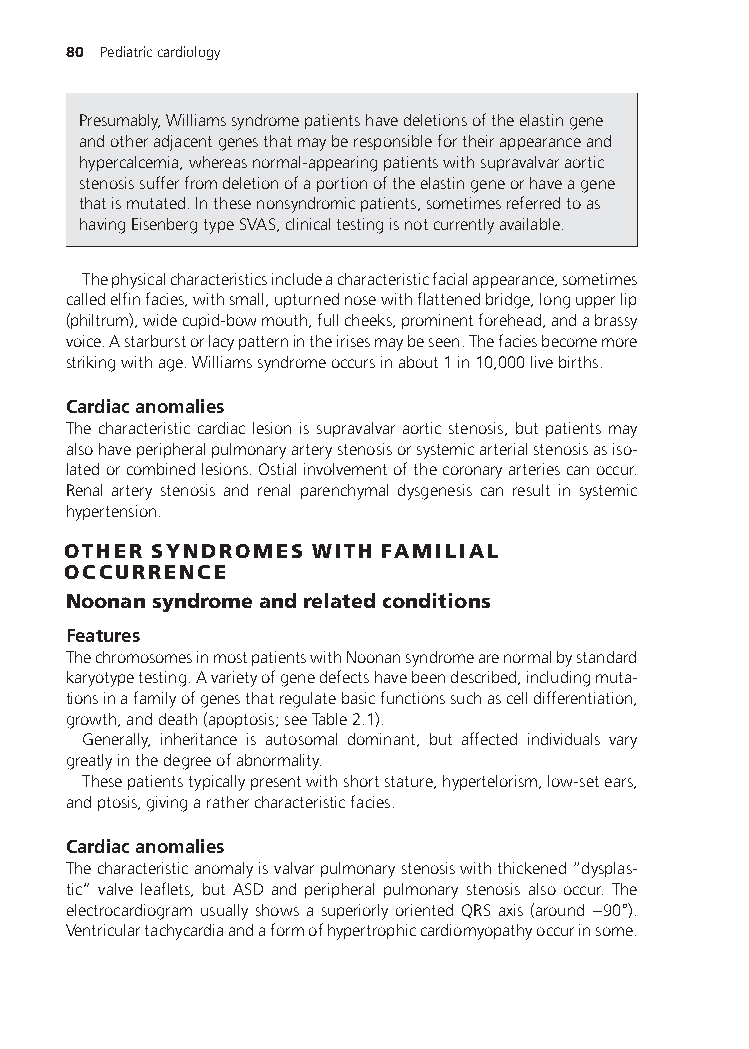
80 Pediatriccardiology
 Presumably,Williamssyndromepatientshavedeletionsoftheelastingene
 andotheradjacentgenesthatmayberesponsiblefortheirappearanceand
 hypercalcemia,whereasnormal-appearingpatientswithsupravalvaraortic
 stenosissufferfromdeletionofaportionoftheelastingeneorhaveagene
 thatismutated.Inthesenonsyndromicpatients,sometimesreferredtoas
 havingEisenbergtypeSVAS,clinicaltestingisnotcurrentlyavailable.
 Thephysicalcharacteristicsincludeacharacteristicfacialappearance,sometimes
 calledelfinfacies,withsmall,upturnednosewithflattenedbridge,longupperlip
 (philtrum),widecupid-bowmouth,fullcheeks,prominentforehead,andabrassy
 voice.Astarburstorlacypatternintheirisesmaybeseen.Thefaciesbecomemore
 strikingwithage.Williamssyndromeoccursinabout1in10,000livebirths.
 Cardiacanomalies
 The characteristic cardiac lesion is supravalvar aortic stenosis, but patients may
 alsohaveperipheralpulmonaryarterystenosisorsystemicarterialstenosisasiso-
 latedorcombinedlesions.Ostialinvolvementofthecoronaryarteriescanoccur.
 Renal artery stenosis and renal parenchymal dysgenesis can result in systemic
 hypertension.
 OTHER SYNDROMES WITH FAMILIAL
 OCCURRENCE
 Noonansyndromeandrelatedconditions
 Features
 ThechromosomesinmostpatientswithNoonansyndromearenormalbystandard
 karyotypetesting.Avarietyofgenedefectshavebeendescribed,includingmuta-
 tionsinafamilyofgenesthatregulatebasicfunctionssuchascelldifferentiation,
 growth,anddeath(apoptosis;seeTable2.1).
 Generally, inheritance is autosomal dominant, but affected individuals vary
 greatlyinthedegreeofabnormality.
 Thesepatientstypicallypresentwithshortstature,hypertelorism,low-setears,
 andptosis,givingarathercharacteristicfacies.
 Cardiacanomalies
 Thecharacteristicanomalyisvalvarpulmonarystenosiswiththickened“dysplas-
 tic” valve leaflets, but ASD and peripheral pulmonary stenosis also occur. The
 electrocardiogram usually shows a superiorly oriented QRS axis (around
 −90∘
 ).
 Ventriculartachycardiaandaformofhypertrophiccardiomyopathyoccurinsome.